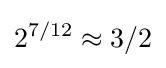
2^{7/12}\approx 3/2